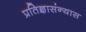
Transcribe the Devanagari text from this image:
प्रतिज्ञासंन्यास